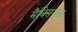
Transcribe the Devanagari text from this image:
मैक्सियस